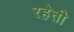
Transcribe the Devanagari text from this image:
रहेती